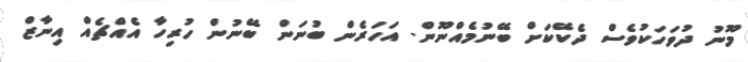
މޫނު ދުވަހަކުވެސް ދެކޭކަށް ބޭނުމެއްނޫން. އަހަރެން ބުނަން ބޭނުން ހުރިހާ އެއްޗެއް އިނާޒް